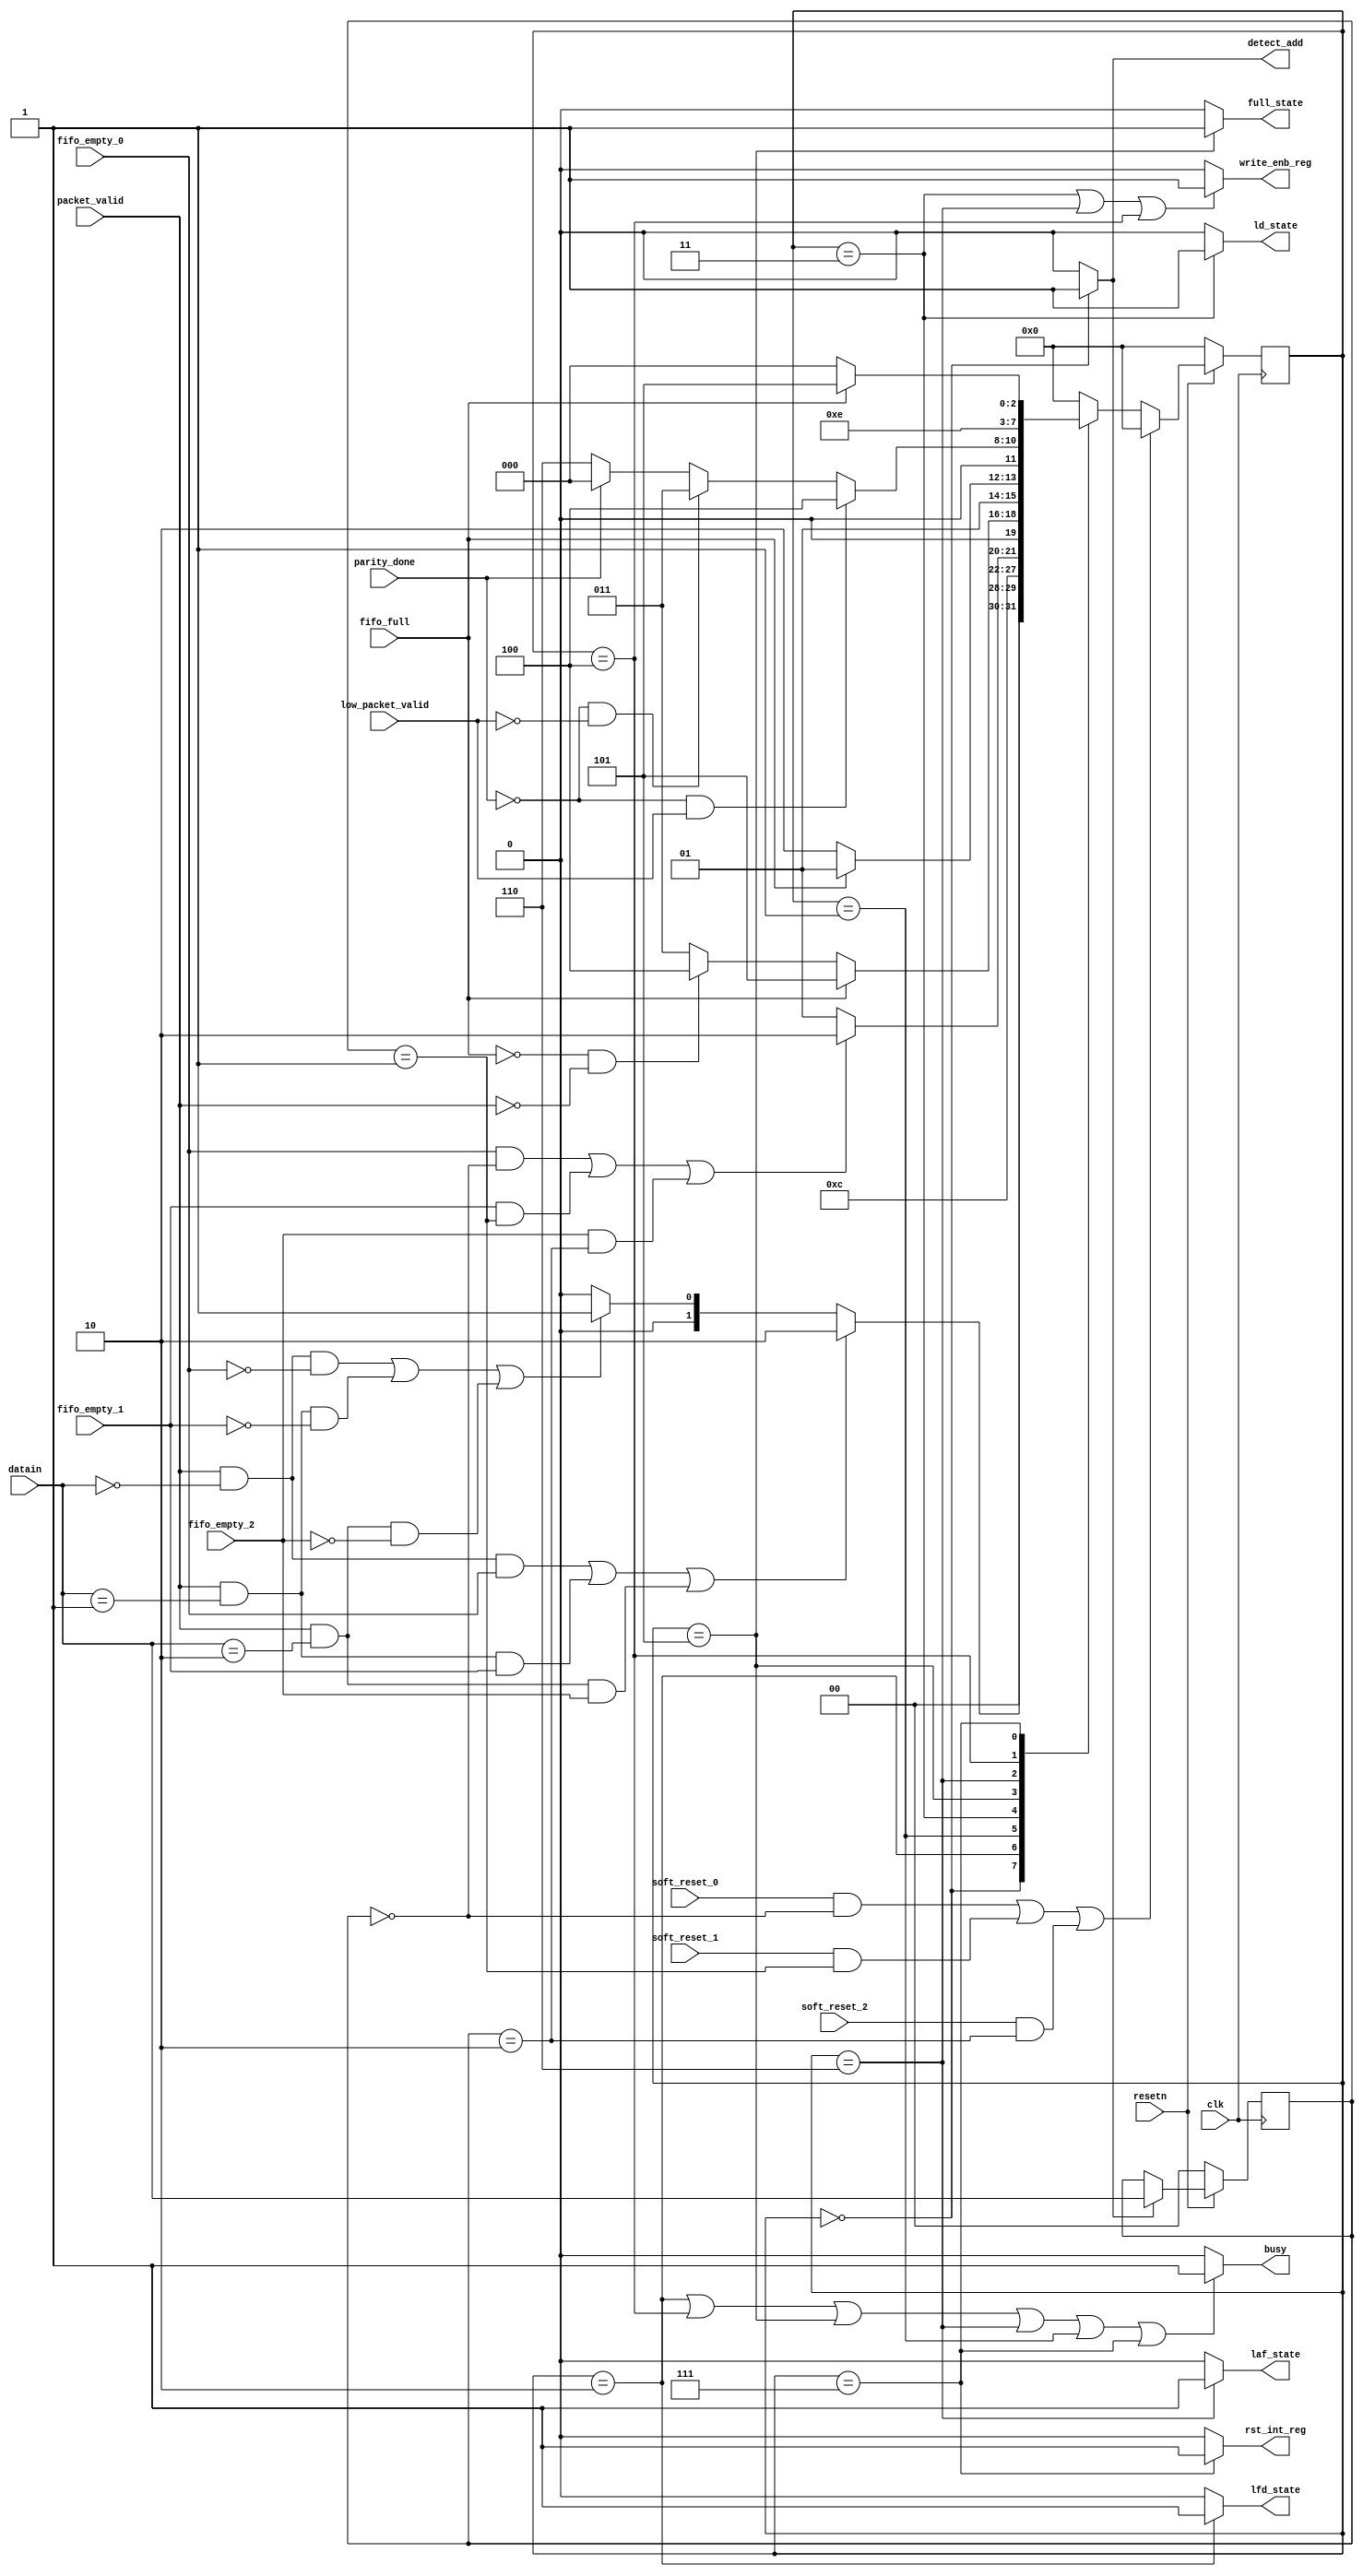
module router_fsm (input clk,resetn,packet_valid,
						 input [1:0] datain,
						 input fifo_full,fifo_empty_0,fifo_empty_1,fifo_empty_2,soft_reset_0,soft_reset_1,soft_reset_2,parity_done,low_packet_valid,
						 
						 output write_enb_reg,detect_add,ld_state,laf_state,lfd_state,full_state,rst_int_reg,busy);
						 

parameter decode_address     = 3'b000,
			 wait_untill_empty    = 3'b001,
			 load_first_data    = 3'b010,
			 load_data          = 3'b011,
			 load_parity        = 3'b100,
			 fifo_full_state 	  = 3'b101,
			 load_after_full    = 3'b110,
			 check_parity_error = 3'b111;
			 
			 
reg [3:0] present_state,next_state;
reg [1:0] temp;

always @ (posedge clk)
 begin
		if(~resetn)
				temp<=2'b0;
		else if(detect_add)
				temp<=datain;
				
 end
 
always @ (posedge clk)
 begin
		if(!resetn)
				present_state<=decode_address;
				
		else if(((soft_reset_0) && (temp==2'b00))||((soft_reset_1) && (temp==2'b01))||((soft_reset_2) && (temp==2'b10)))
		
					present_state<=decode_address;
					
		else 
					present_state<=next_state;
					
 end
 
 
always @ (*)
 begin
		case(present_state)
		
		 decode_address:
			begin
				if((packet_valid &&(datain==2'b00) && fifo_empty_0)||(packet_valid &&(datain==2'b01) && fifo_empty_1)||(packet_valid &&(datain==2'b10) && fifo_empty_2))
					next_state<=load_first_data;
					
				else if ((packet_valid &&(datain==2'b00) && !fifo_empty_0)||(packet_valid && (datain==2'b01) && !fifo_empty_1)||(packet_valid && (datain==2'b10) && !fifo_empty_2))
					next_state<=wait_untill_empty; 
					
				else
					
					next_state<=decode_address;
					
         end

		 
		 load_first_data:
				begin
					next_state<=load_data;
				end
				
		 wait_untill_empty:
			begin
				if((fifo_empty_0 && (temp==2'b00))||(fifo_empty_1 && (temp==2'b01))||(fifo_empty_2 && (temp==2'b10)))
					next_state<=load_first_data;
					
				 else
						next_state<=wait_untill_empty;
						
			end

       load_data:
        begin
			if(fifo_full==1'b1)
					next_state<=fifo_full_state;
					
			else
					begin
							if(!fifo_full && !packet_valid)
									next_state<=load_parity;
									
							else 
							
									next_state<=load_data;
									
					end
					
			end
	
		 fifo_full_state:
		  begin
				if(fifo_full==0)
						next_state<=load_after_full;
						
				else
						next_state<=fifo_full_state;
						
			end


		  load_after_full:		
		   begin
				if(!parity_done && low_packet_valid)
						next_state<=load_parity;
						
				 else if (!parity_done && !low_packet_valid)
						 next_state<=load_data;
						 
				 else
				  begin
							if(parity_done==1'b1)
									next_state<=decode_address;
									
							else
									next_state<=load_after_full;
									
					end
					
	      end


		  load_parity:
		   begin
					next_state<=check_parity_error;
			end
	
	     check_parity_error:
		   begin
					if(!fifo_full)
							next_state<=decode_address;
							
					else 
							next_state<=fifo_full_state;
							
			end

		  default:
				next_state<=decode_address;
				
	 endcase
	 
 end


assign busy=((present_state==load_first_data)||(present_state==load_parity)||(present_state==fifo_full_state)||(present_state==load_after_full)||(present_state==wait_untill_empty)||(present_state==check_parity_error))?1:0;

assign detect_add=((present_state==decode_address))?1:0;

assign lfd_state=((present_state==load_first_data))?1:0;

assign ld_state=((present_state==load_data))?1:0;

assign write_enb_reg=((present_state==load_data)||(present_state==load_after_full)||(present_state==load_parity))?1:0;

assign full_state=(present_state==fifo_full_state)?1:0;

assign laf_state=(present_state==load_after_full)?1:0;

assign rst_int_reg=((present_state==check_parity_error))?1:0;

endmodule